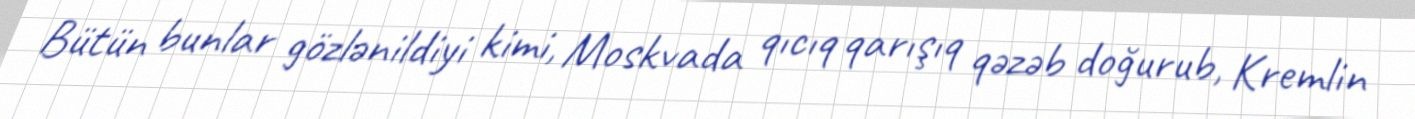
Bütün bunlar gözlənildiyi kimi, Moskvada qıcıq qarışıq qəzəb doğurub, Kremlin